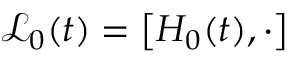
\mathscr { L } _ { 0 } ( t ) = \left[ H _ { 0 } ( t ) , \cdot \right]